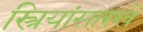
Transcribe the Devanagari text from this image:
स्त्रियांसारखे